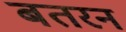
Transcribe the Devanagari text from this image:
बतरन